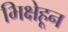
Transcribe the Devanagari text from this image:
भिक्षेहून